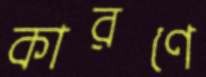
কারণে